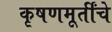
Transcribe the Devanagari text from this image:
कृषणमूर्तींचे